Etiology and epidemiology of plague
Disease focus: Plague
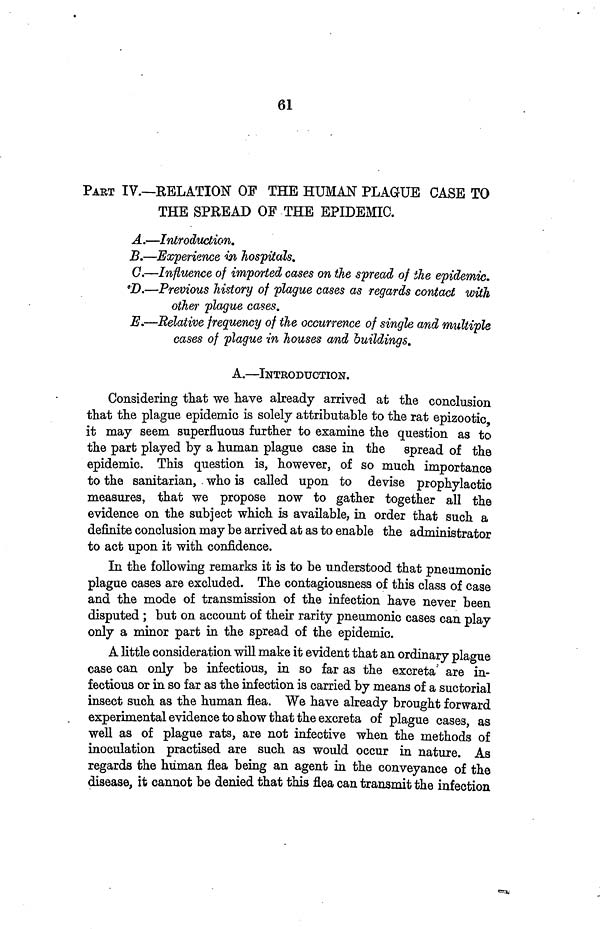
61
PART IV.—RELATION OF THE HUMAN PLAGUE CASE TO
THE SPREAD OP THE EPIDEMIC.
A.—Introduction.
B.—Experience in hospitals.
C.—Influence of imported cases on the spread of the epidemic.
D.—Previous history of plague cases as regards contact with
other plague cases.
E.—Relative frequency of the occurrence of single and multiple
cases of plague in houses and buildings.
A.—INTRODUCTION.
Considering that we have already arrived at the conclusion
that the plague epidemic is solely attributable to the rat epizootic
it may seem superfluous further to examine the question as to
the part played by a human plague case in the spread of the
epidemic. This question is, however, of so much importance
to the sanitarian, who is called upon to devise prophylactic
measures, that we propose now to gather together all the
evidence on the subject which is available, in order that such a
definite conclusion may be arrived at as to enable the administrator
to act upon it with confidence.
In the following remarks it is to be understood that pneumonic
plague cases are excluded. The contagiousness of this class of case
and the mode of transmission of the infection have never been
disputed ; but on account of their rarity pneumonic cases can play
only a minor part in the spread of the epidemic.
A little consideration will make it evident that an ordinary plague
case can only be infectious, in so far as the excreta are in-
fectious or in so far as the infection is carried by means of a suctorial
insect such as the human flea. We have already brought forward
experimental evidence to show that the excreta of plague cases, as
well as of plague rats, are not infective when the methods of
inoculation practised are such as would occur in nature. As
regards the human flea being an agent in the conveyance of the
disease, it cannot be denied that this flea can transmit the infection